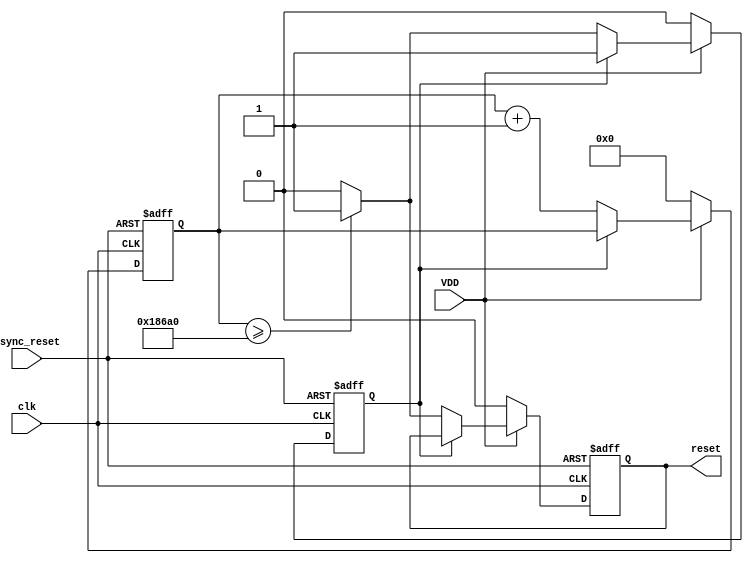
module power_on_reset (
    input wire VDD,               // Power supply signal
    input wire async_reset,       // Asynchronous reset input
    input wire clk,               // Clock signal
    output reg reset              // Active-low reset output
);

    parameter RESET_DURATION = 100_000; // Duration for which reset is asserted (in clock cycles)
    
    reg [31:0] counter;            // Counter for timing control
    reg por_active;                // Flag to indicate if POR is active

    // Asynchronous reset logic
    always @(posedge clk or posedge async_reset) begin
        if (async_reset) begin
            reset <= 1'b0;        // Assert reset
            counter <= 32'b0;     // Reset counter
            por_active <= 1'b0;    // Reset POR active flag
        end else begin
            if (VDD) begin         // Check if power is applied
                if (!por_active) begin
                    reset <= 1'b0; // Assert reset
                    counter <= counter + 1; // Increment counter
                    if (counter >= RESET_DURATION) begin
                        por_active <= 1'b1; // Release POR active flag
                        reset <= 1'b1; // Deassert reset
                    end
                end
            end else begin
                // If power is lost, reset the counter and assert reset
                reset <= 1'b0;
                counter <= 32'b0;
                por_active <= 1'b0;
            end
        end
    end

    // Initial state
    initial begin
        reset = 1'b0;              // Start with reset asserted
        counter = 32'b0;           // Initialize counter
        por_active = 1'b0;         // Initialize POR active flag
    end

endmodule